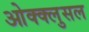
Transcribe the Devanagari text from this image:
ओक्क्लुसल